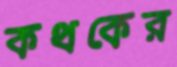
কথকের